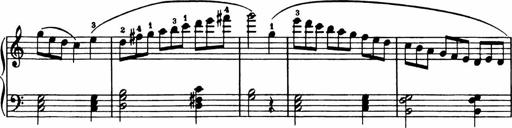
Title: Analytical Sonatinas
Composer: Frank Lynes